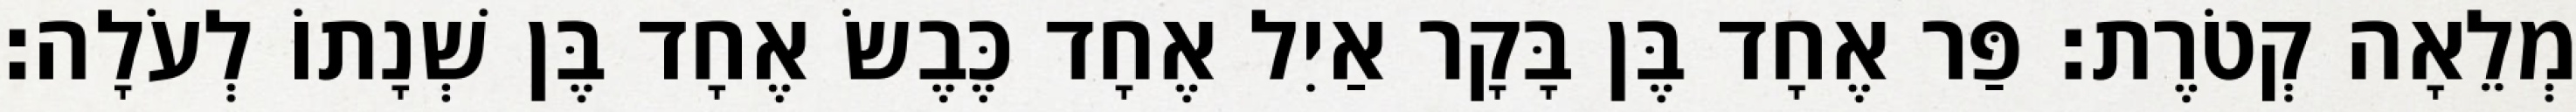
מְלֵאָה קְטֹרֶת׃ פַּר אֶחָד בֶּן בָּקָר אַיִל אֶחָד כֶּבֶשׂ אֶחָד בֶּן שְׁנָתוֹ לְעֹלָה׃